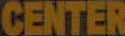
CENTER